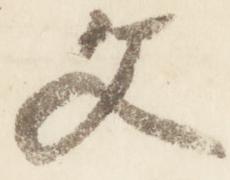
文